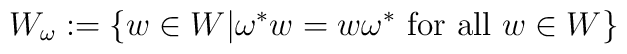
W_\omega := \{ w\in W | \omega^* w = w \omega^* \mbox{ for all }w\in W\}